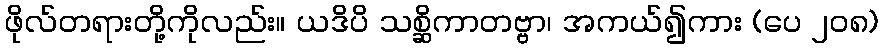
ဖိုလ်တရားတို့ကိုလည်း။ ယဒိပိ သစ္ဆိကာတဗ္ဗာ၊ အကယ်၍ကား (ပေ ၂၀၈)